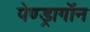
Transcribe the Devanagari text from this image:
पेण्ड्रागॉन